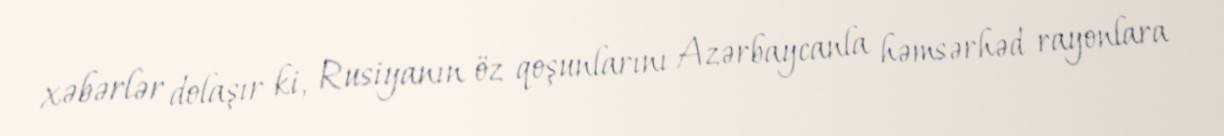
xəbərlər dolaşır ki, Rusiyanın öz qoşunlarını Azərbaycanla həmsərhəd rayonlara